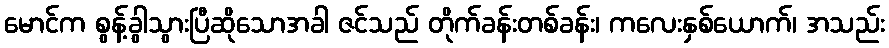
မောင်က စွန့်ခွါသွားပြီဆိုသောအခါ ဇင်သည် တိုက်ခန်းတစ်ခန်း၊ ကလေးနှစ်ယောက်၊ အသည်း